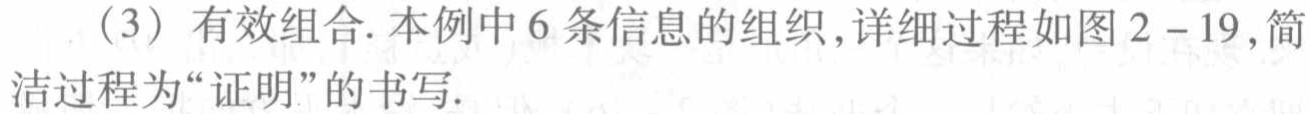
（3）有效组合. 本例中6条信息的组织,详细过程如图2 - 19,简洁过程为“证明”的书写.